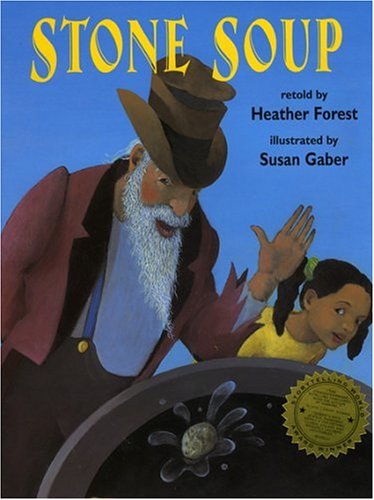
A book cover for Stone Soup; Heather Forest; Children's Books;